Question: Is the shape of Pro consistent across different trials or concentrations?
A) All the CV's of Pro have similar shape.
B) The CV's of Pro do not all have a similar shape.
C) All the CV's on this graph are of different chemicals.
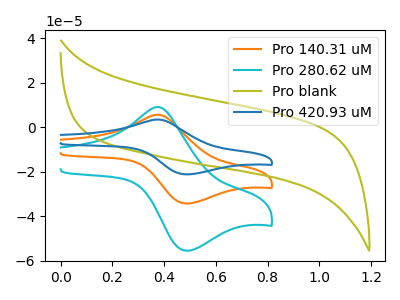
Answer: <think>The orange curve "Pro 140.31 uM" has an anodic peak at (0.40V, 5.60uA) and a cathodic peak at (0.50V, -34.25uA). The cyan curve "Pro 280.62 uM" has an anodic peak at (0.40V, 9.05uA) and a cathodic peak at (0.50V, -55.45uA). The olive curve "Pro blank" has no peaks. The blue curve "Pro 420.93 uM" has an anodic peak at (0.40V, 11.15uA) and a cathodic peak at (0.50V, -68.50uA).
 All the peaks in "Pro 140.31 uM" have a peak in "Pro 280.62 uM" at the same potential. Every peak in "Pro 140.31 uM" is lower than every peak in "Pro 280.62 uM". "Pro 140.31 uM" and "Pro blank" have a different number of peaks. All the peaks in "Pro 140.31 uM" have a peak in "Pro 420.93 uM" at the same potential. Every peak in "Pro 140.31 uM" is lower than every peak in "Pro 420.93 uM". "Pro 280.62 uM" and "Pro blank" have a different number of peaks. All the peaks in "Pro 280.62 uM" have a peak in "Pro 420.93 uM" at the same potential. Every peak in "Pro 280.62 uM" is lower than every peak in "Pro 420.93 uM". "Pro blank" and "Pro 420.93 uM" have a different number of peaks.</think>
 <answer>A) All the CV's of "Pro" have similar shape.</answer>
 <eval>A</eval>